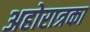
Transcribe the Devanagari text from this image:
अहोरात्रका